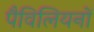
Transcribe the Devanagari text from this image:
पैविलियनों